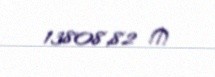
13808,82 ₼